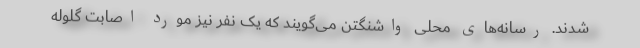
شدند. رسانه‌های محلی واشنگتن می‌گویند که یک نفر نیز مورد اصابت گلوله